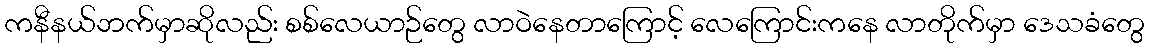
ကနီနယ်ဘက်မှာဆိုလည်း စစ်လေယာဉ်တွေ လာဝဲနေတာကြောင့် လေကြောင်းကနေ လာတိုက်မှာ ဒေသခံတွေ